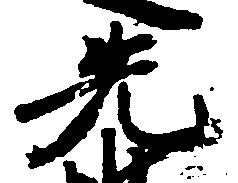
先